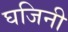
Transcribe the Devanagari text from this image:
घजिनी